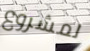
لمشروع